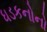
ધડકનોનો